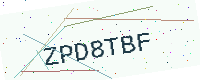
Text: ZPD8TBF